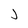
Character: J